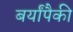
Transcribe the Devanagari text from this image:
बर्यांपैकी